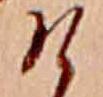
け